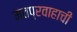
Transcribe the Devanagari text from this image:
मतप्रवाहाची